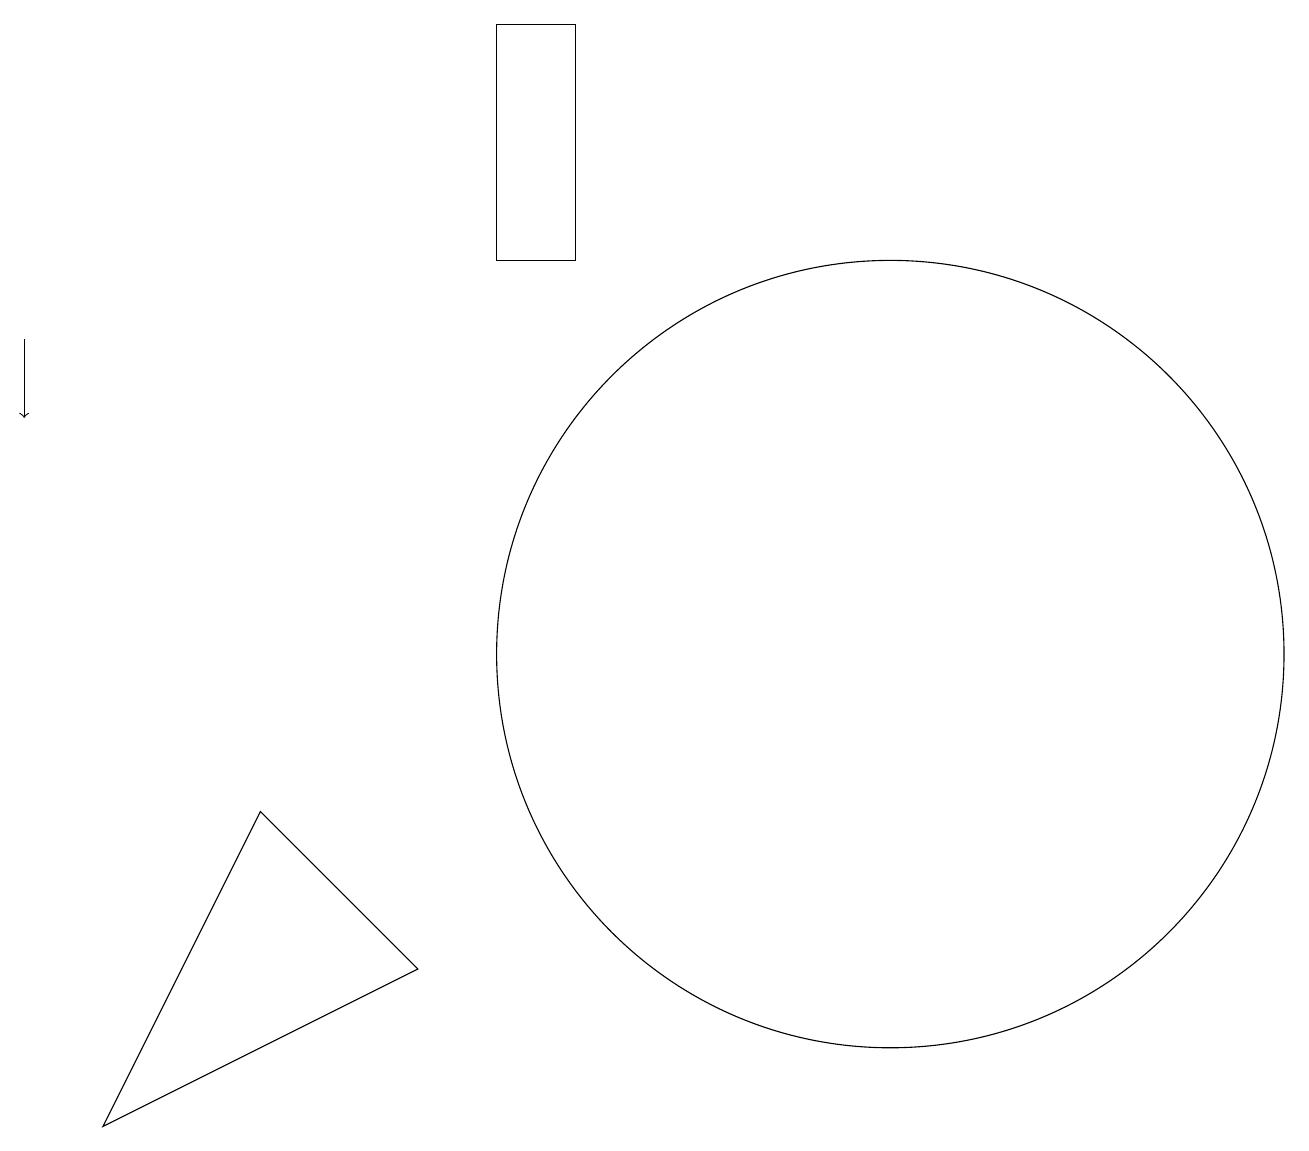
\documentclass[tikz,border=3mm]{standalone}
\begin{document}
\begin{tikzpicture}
\draw[->] (0,15) -- (0,14);
\draw (11,11) circle (5);
\draw (7,19) rectangle (6,16);
\draw (1,5) -- (3,9) -- (5,7) -- cycle;
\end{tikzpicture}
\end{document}